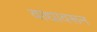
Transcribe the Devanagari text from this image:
वाद्यावरून